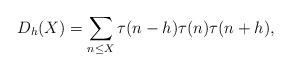
LaTeX: \begin{align*}D_h(X)=\sum_{n\leq X}\tau(n-h)\tau(n)\tau(n+h),\end{align*}